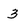
Character: 3